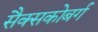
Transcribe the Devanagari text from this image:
सैक्सकोबर्ग